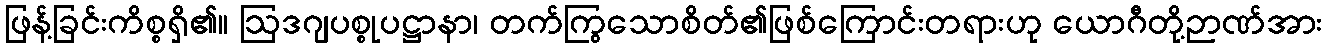
ဖြန့်ခြင်းကိစ္စရှိ၏။ ဩဒဂျပစ္စုပဋ္ဌာနာ၊ တက်ကြွသောစိတ်၏ဖြစ်ကြောင်းတရားဟု ယောဂီတို့ဉာဏ်အား